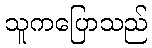
သူကပြောသည်